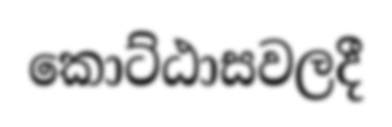
කොට්ඨාසවලදී